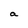
Character: a